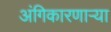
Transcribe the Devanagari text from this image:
अंगिकारणाऱ्या